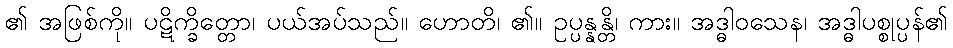
၏ အဖြစ်ကို။ ပဋိက္ခိတ္တော၊ ပယ်အပ်သည်။ ဟောတိ၊ ၏။ ဥပ္ပန္နန္တိ၊ ကား။ အဒ္ဓါဝသေန၊ အဒ္ဓါပစ္စုပ္ပန်၏